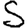
Digit: 5